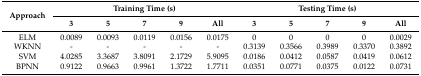
| <ROWSPAN=2> Approach | <COLSPAN=5> Training Time (s) | <COLSPAN=5> Testing Time (s) |
 | 3 | 5 | 7 | 9 | All | 3 | 5 | 7 | 9 | All |
 | --- | --- | --- | --- | --- | --- | --- | --- | --- | --- | --- |
 | ELM | 0.0089 | 0.0093 | 0.0119 | 0.0156 | 0.0175 | 0 | 0 | 0 | 0 | 0.0029 |
 | WKNN | - | - | - | - | - | 0.3139 | 0.3566 | 0.3989 | 0.3370 | 0.3892 |
 | SVM | 4.0285 | 3.3687 | 3.8091 | 2.1729 | 5.9095 | 0.0186 | 0.0412 | 0.0587 | 0.0419 | 0.0612 |
 | BPNN | 0.9122 | 0.9663 | 0.9961 | 1.3722 | 1.7711 | 0.0351 | 0.0771 | 0.0375 | 0.0122 | 0.0731 |